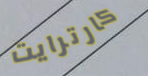
كارترايت